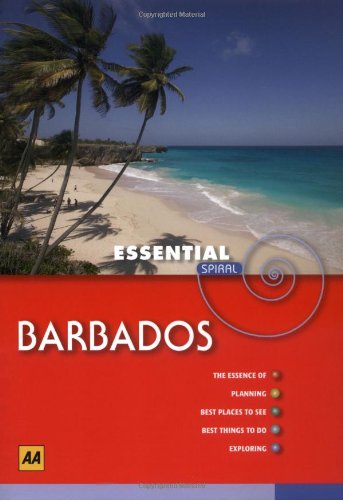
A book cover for Barbados (AA Essential Spiral Guides) (AA Essential Spiral Guides) (AA Essential Spiral Guides); AA Publishing; Travel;